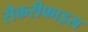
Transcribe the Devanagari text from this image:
सैकरीफाइस